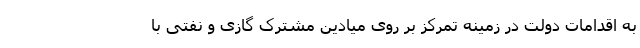
به اقدامات دولت در زمینه تمرکز بر روی میادین مشترک گازی و نفتی با